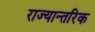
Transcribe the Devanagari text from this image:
राज्यान्तरिक